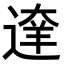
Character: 𨔶